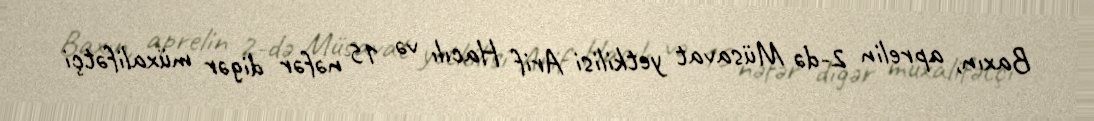
Baxın, aprelin 2-də Müsavat yetkilisi Arif Hacılı və 15 nəfər digər müxalifətçi